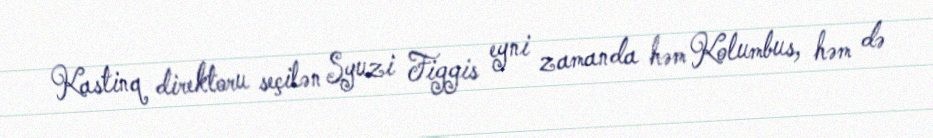
Kastinq direktoru seçilən Syuzi Figgis eyni zamanda həm Kolumbus, həm də